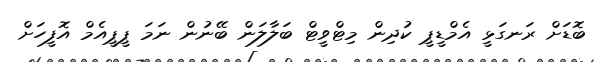
ބޮޑަށް ރަނގަޅީ އެމްޑީޕީ ކުދިން މިޓްވީޓް ބަލާލަން ބޭނުން ނަަމަ ޕީޕީއެމް އޮފީހަށް